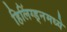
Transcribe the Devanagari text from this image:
हिलिंग्ड्नमध्ये